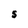
Character: S